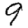
Digit: 9